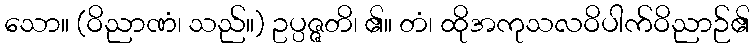
သော။ (ဝိညာဏံ၊ သည်။) ဥပ္ပဇ္ဇတိ၊ ၏။ တံ၊ ထိုအကုသလဝိပါက်ဝိညာဉ်၏